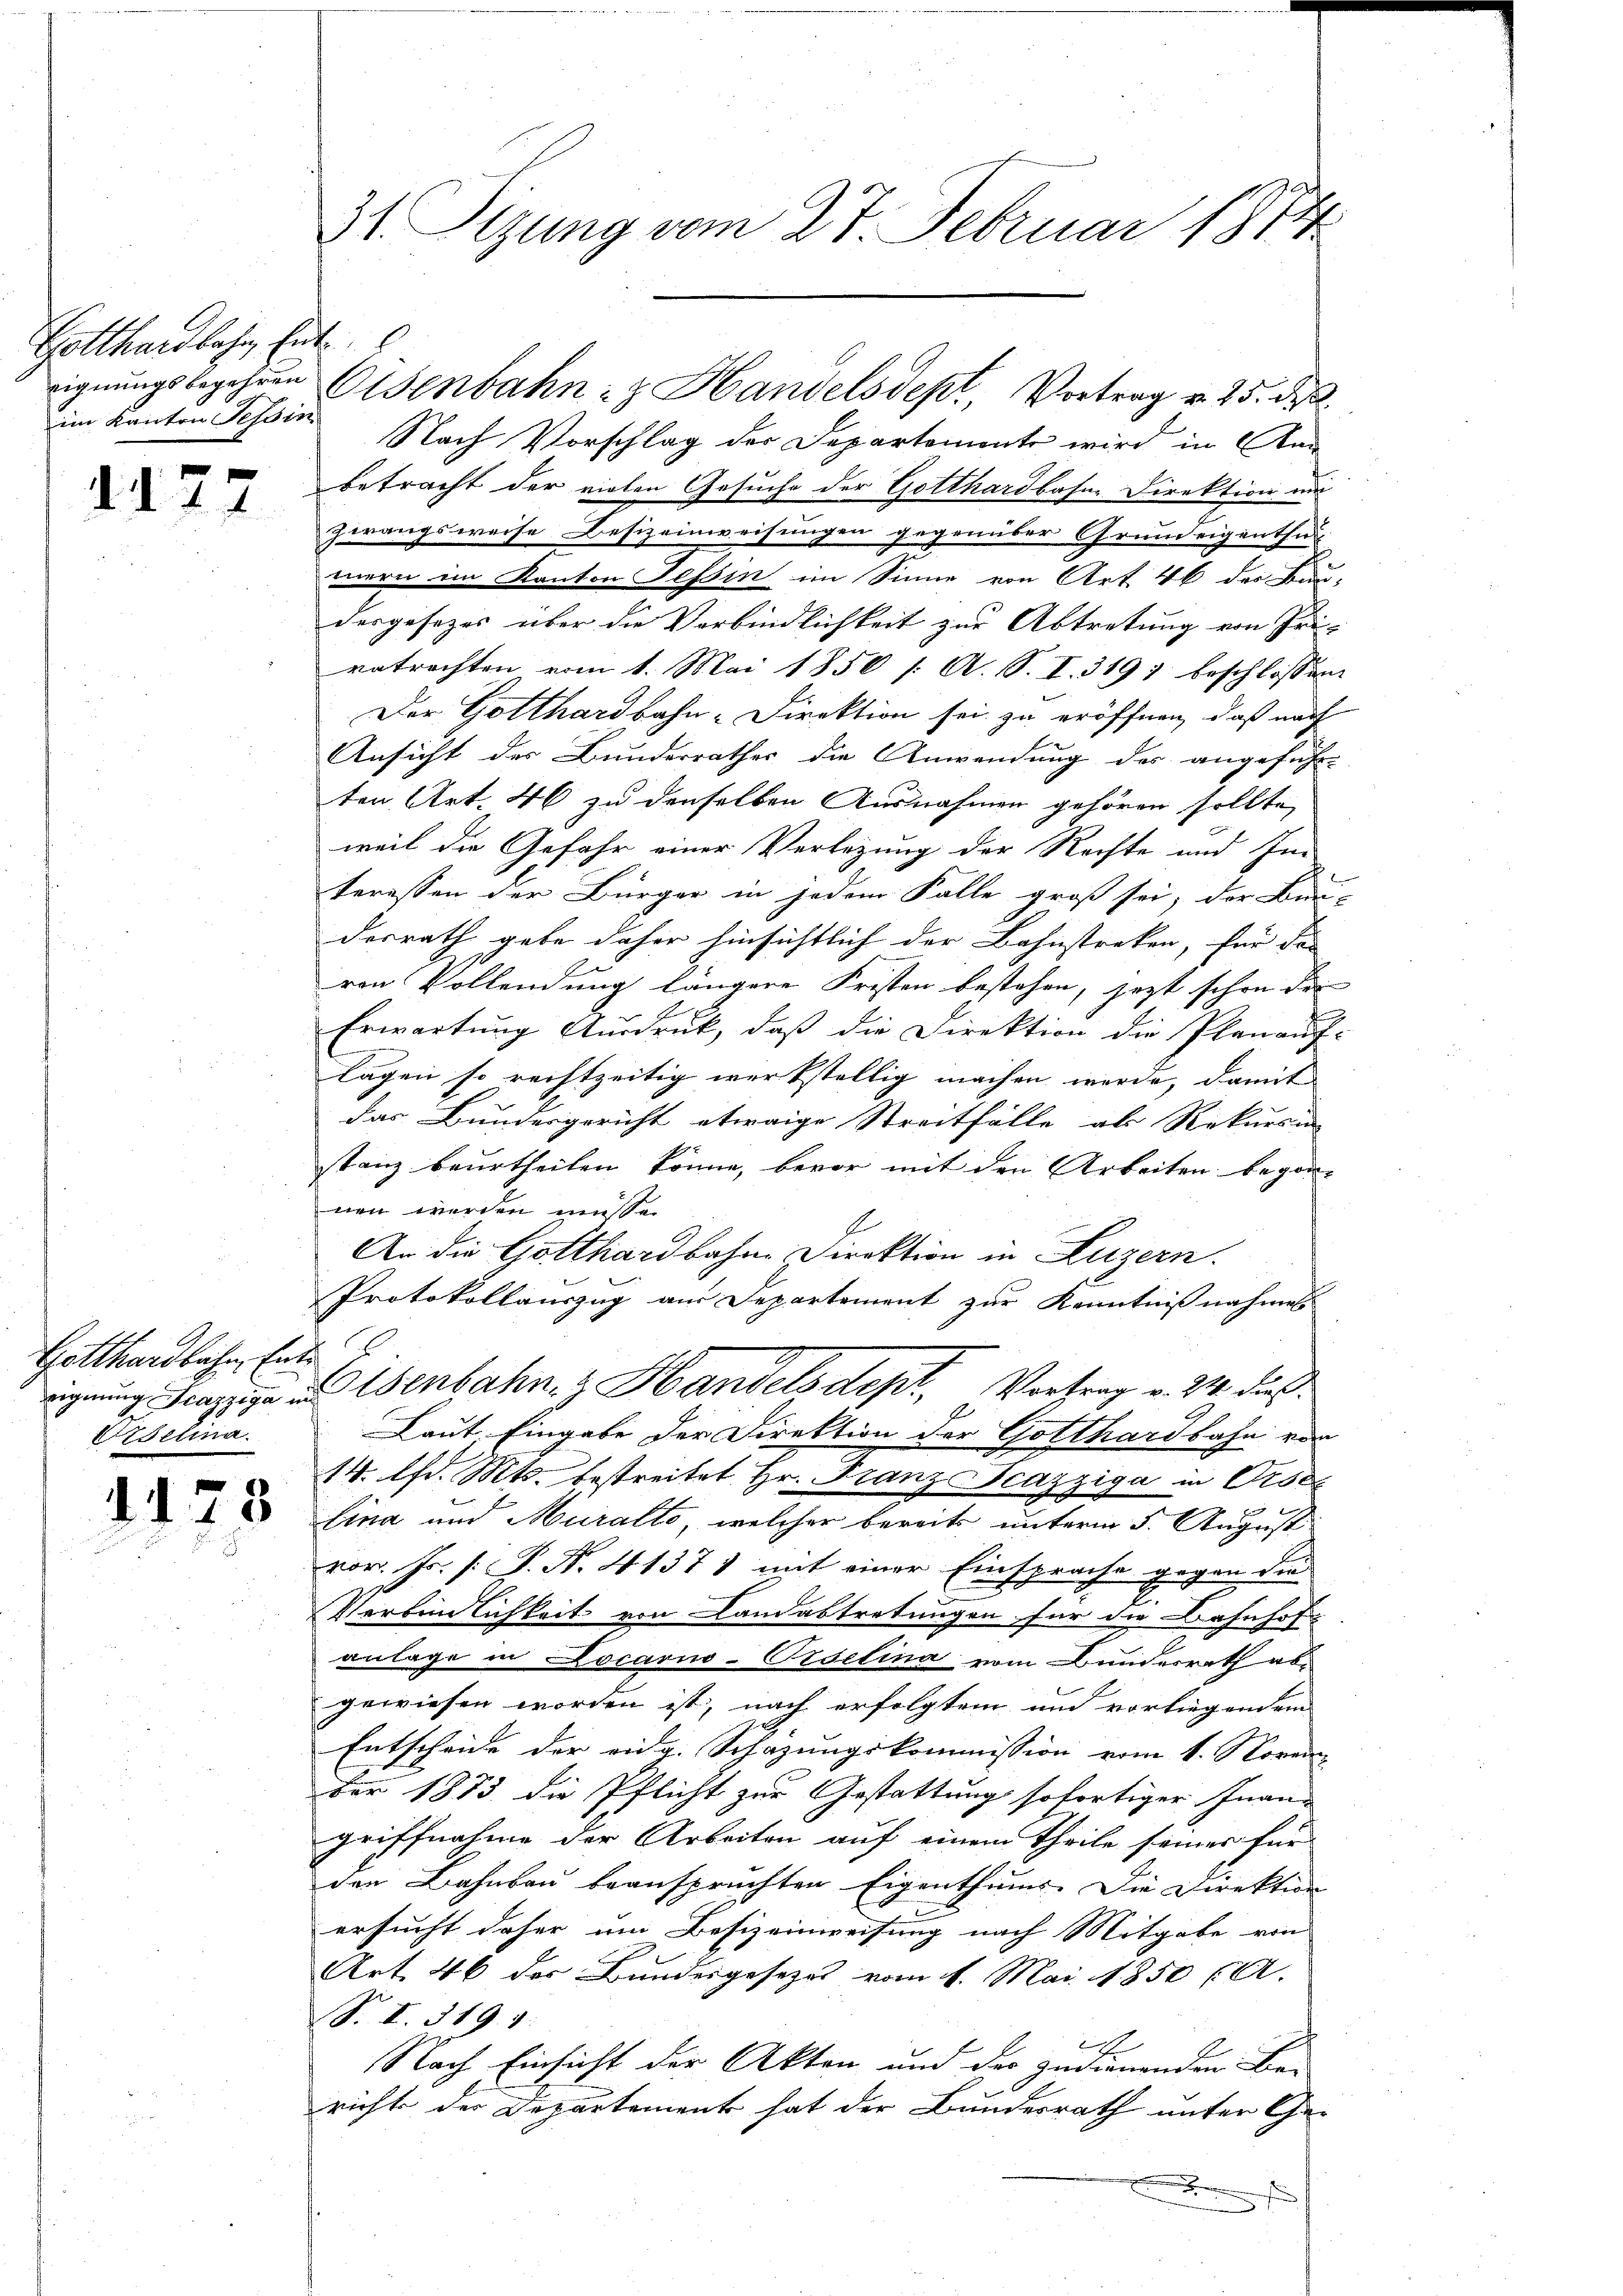
Gotthardbahn, Entim Kanton Tessin

4177

Gotthardlichen Ente
Oesel

1125

31 Sizung vom 27. Februar 1884

Nach Vorschlag der Departemente wird in Am
betracht der vielen Gesuche der Gotthardbahne Direktion um
zwangsweise Besizeinweisungen gegenüber Grundeigenthun
mern im Kanton Tessin im Sinne von Art. 46 des Bun-
dergesezes über die Verbindlichkeit zur Abtretung von Zei-
retrachten vom 1. Mai 1850 /: A. S. I. 319 beschlossen
Der Gotthardbahn-Direktion sei zu eröffnen, daß nach
Ansicht des Bunderrathes die Anwendung des angeführ-
ten Art. 46 zu denselben Ausnahmen gehören sollte,
weil die Gefahr einer Verlegung der Rechte und Im
S
teressen der Bürger in jedem Falle groß sei, der Bur-
desrath gebe daher hinsichtlich der Bahnstreken, für das |
ren Vollendung längere Fristen bestehen, jezt schon der
Erwartung Aŭsdruck, daβ die Direktion die Planaŭf-
lägen so rechtzeitig werkstellig machen werde, damit
das Bundesgericht etwaige Streitfälle als Rekursin
stanz beurtheilen könne, bevor mit den Arbeiten begonnen werden müsse.
An die Gotthardbahne Direktion in Luzern.
Protokollauszug aus Departement zur Kenntnißnahmen
eignung u. Elsenbahn z Handelsdept. Vortrag v. 24. dies
Laut Eingabe der Direktion der Gotthardbahn da
14. lfd. Mts. bestreitet Hr. Franz cazziga in Orse
lina und Muralto, welcher bereits unterm 5. August
vor. Hr. P.P. N. 41371 mit einer Einsprache gegen die
Verbindlichkeit von Landabtretungen für die Bahnhof-
anlage in Locarn-Oeselina vom Bundesrath abgewiesen worden ist, nach erfolgtem und vorliegendem
Entscheide der eidg. Schazungskommission vom 1. Novem
ber 1883 die Pflicht zur Gestattung sofortiger Inan-
griffnahme der Arbeiten auf einem Theile seines für
den Bahnbau beanspruchten Eigenthums. Die Direktion
ersucht daher um Besizeinweisung nach Mitgabe von
Art. 46 der Bundesgesetzes vom 1. Mai 1850 (A.
S. I. 319. 1
i
Nach Einsicht der Akten und der zudienenden Be-
richte der Departement hat der Bundesrath unter Ge-
.

eignungsbegehren Osenbahn- & Handelsdept, Vortrag v. 25. des